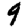
Digit: 9